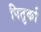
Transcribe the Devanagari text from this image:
पितुर्का